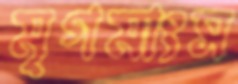
মৃগমাংস